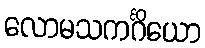
လောမသကင်္ဂိယော